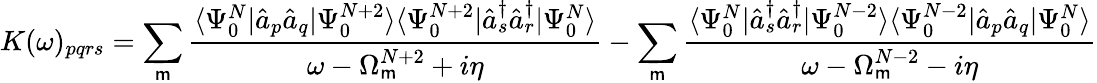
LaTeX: K(\omega)_{pqrs}=\sum_{\mathsf{m}}\frac{{\langle\Psi_{0}^{N}|\hat{{a}}_{p}\hat{{a}}_{q}|\Psi_{0}^{N+2}\rangle\langle\Psi_{0}^{N+2}|\hat{{a}}_{s}^{\dagger}\hat{{a}}_{r}^{\dagger}|\Psi_{0}^{N}\rangle}}{{\omega-\Omega_{\mathsf{m}}^{N+2}+i\eta}}-\sum_{\mathsf{m}}\frac{{\langle\Psi_{0}^{N}|\hat{{a}}_{s}^{\dagger}\hat{{a}}_{r}^{\dagger}|\Psi_{0}^{N-2}\rangle\langle\Psi_{0}^{N-2}|\hat{{a}}_{p}\hat{{a}}_{q}|\Psi_{0}^{N}\rangle}}{{\omega-\Omega_{\mathsf{m}}^{N-2}-i\eta}}